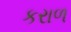
કરાળ